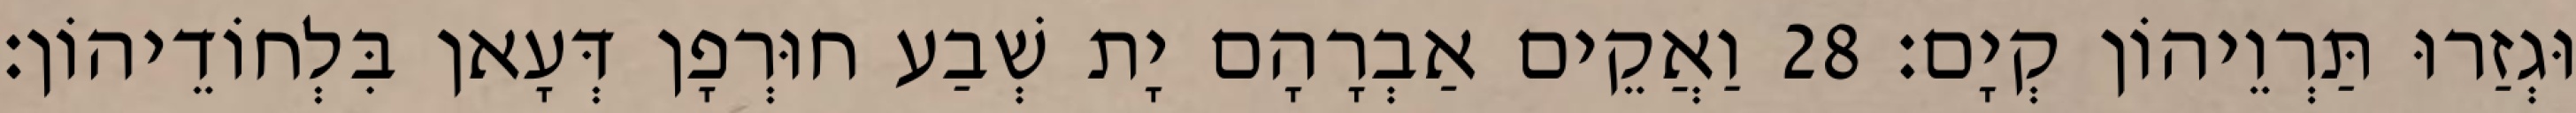
וּגְזַרוּ תַּרְוֵיהוֹן קְיָם׃ 28 וַאֲקֵים אַבְרָהָם יָת שְׁבַע חוּרְפָן דְּעָאן בִּלְחוֹדֵיהוֹן׃